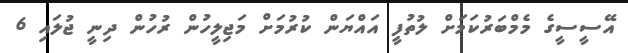
އޭސީސީގެ މެމްބަރުކަމަށް ލުތުފީ އައްޔަން ކުރުމަށް މަޖިލީހުން ރުހުން ދިނީ ޖުލައި 6